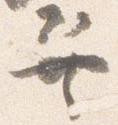
巽